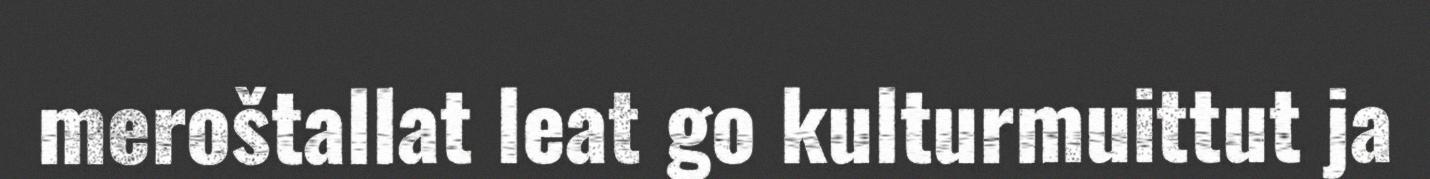
meroštallat leat go kulturmuittut ja